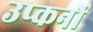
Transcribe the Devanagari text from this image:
उप्कर्नो